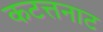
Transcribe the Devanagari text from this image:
कटत्तनाट